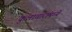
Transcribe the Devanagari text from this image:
कुलाचारांमध्ये